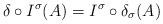
LaTeX: \begin{align*} \delta \circ I^\sigma(A) = I^\sigma \circ \delta_\sigma(A)\end{align*}